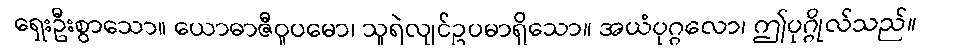
ရှေးဦးစွာသော။ ယောဓာဇီဝူပမော၊ သူရဲလျင်ဥပမာရှိသော။ အယံပုဂ္ဂလော၊ ဤပုဂ္ဂိုလ်သည်။